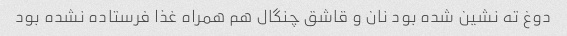
دوغ ته نشین شده بود نان و قاشق چنگال هم همراه غذا فرستاده نشده بود